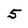
Character: 5